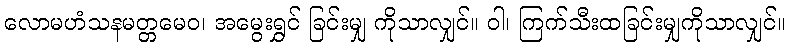
လောမဟံသနမတ္တမေဝ၊ အမွေးရွှင် ခြင်းမျှ ကိုသာလျှင်။ ဝါ၊ ကြက်သီးထခြင်းမျှကိုသာလျှင်။